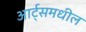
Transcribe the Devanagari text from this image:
आर्ट्‌समधील